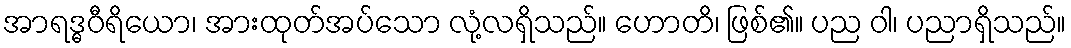
အာရဒ္ဓဝီရိယော၊ အားထုတ်အပ်သော လုံ့လရှိသည်။ ဟောတိ၊ ဖြစ်၏။ ပည ဝါ၊ ပညာရှိသည်။